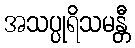
အသပ္ပုရိသမန္တီ